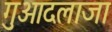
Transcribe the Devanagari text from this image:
गुआदलाजा